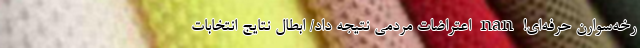
رخه‌سوارن حرفه‌ای! nan اعتراضات مردمی نتیجه داد/ ابطال نتایج انتخابات